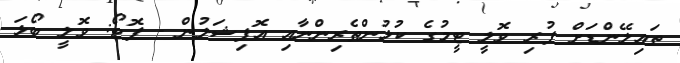
ތައިލޭންޑަށް ފުރި ވޮލީ ޓީމުގެ ކުޅުންތެރިންނާއި އޮފިޝަލުން - ފޮޓޯ: ވޮލީ ބޯޅަ